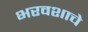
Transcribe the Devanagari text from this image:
भरवशाचे